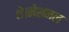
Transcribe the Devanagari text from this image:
थे।नेशनल